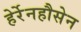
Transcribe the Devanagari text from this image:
हेर्रेनहौसेन